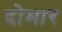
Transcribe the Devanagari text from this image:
दोमार